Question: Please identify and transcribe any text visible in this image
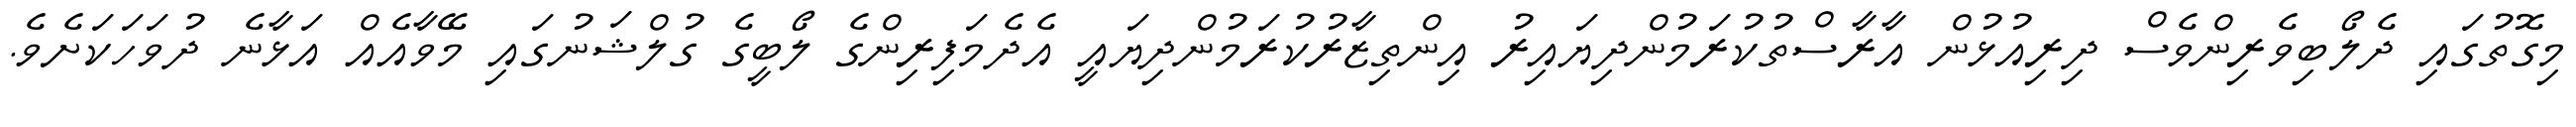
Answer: މިގޮތުގައި ދެލޯބިވެރިންވެސް ދިރިއުޅުން އާރާސްތުކުރަމުންދިޔައިރު އިންތިޒާރުކުރަމުންދިޔައީ އެދެމަފިރިންގެ ލޯބީގެ ގުލްޝަނުގައި މޭވާއެއް އަޅާނެ ދުވަހަކަށެވެ.